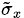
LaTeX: _{\tilde{\sigma}_{x}}